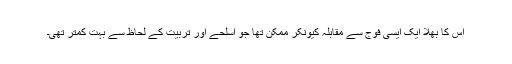
اس کا بھلا ایک ایسی فوج سے مقابلہ کیونکر ممکن تھا جو اسلحے اور تربیت کے لحاظ سے بہت کمتر تھی۔